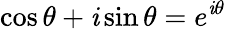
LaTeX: \cos\theta+\mathit{i}\sin\theta=e^{\mathit{i}\theta}